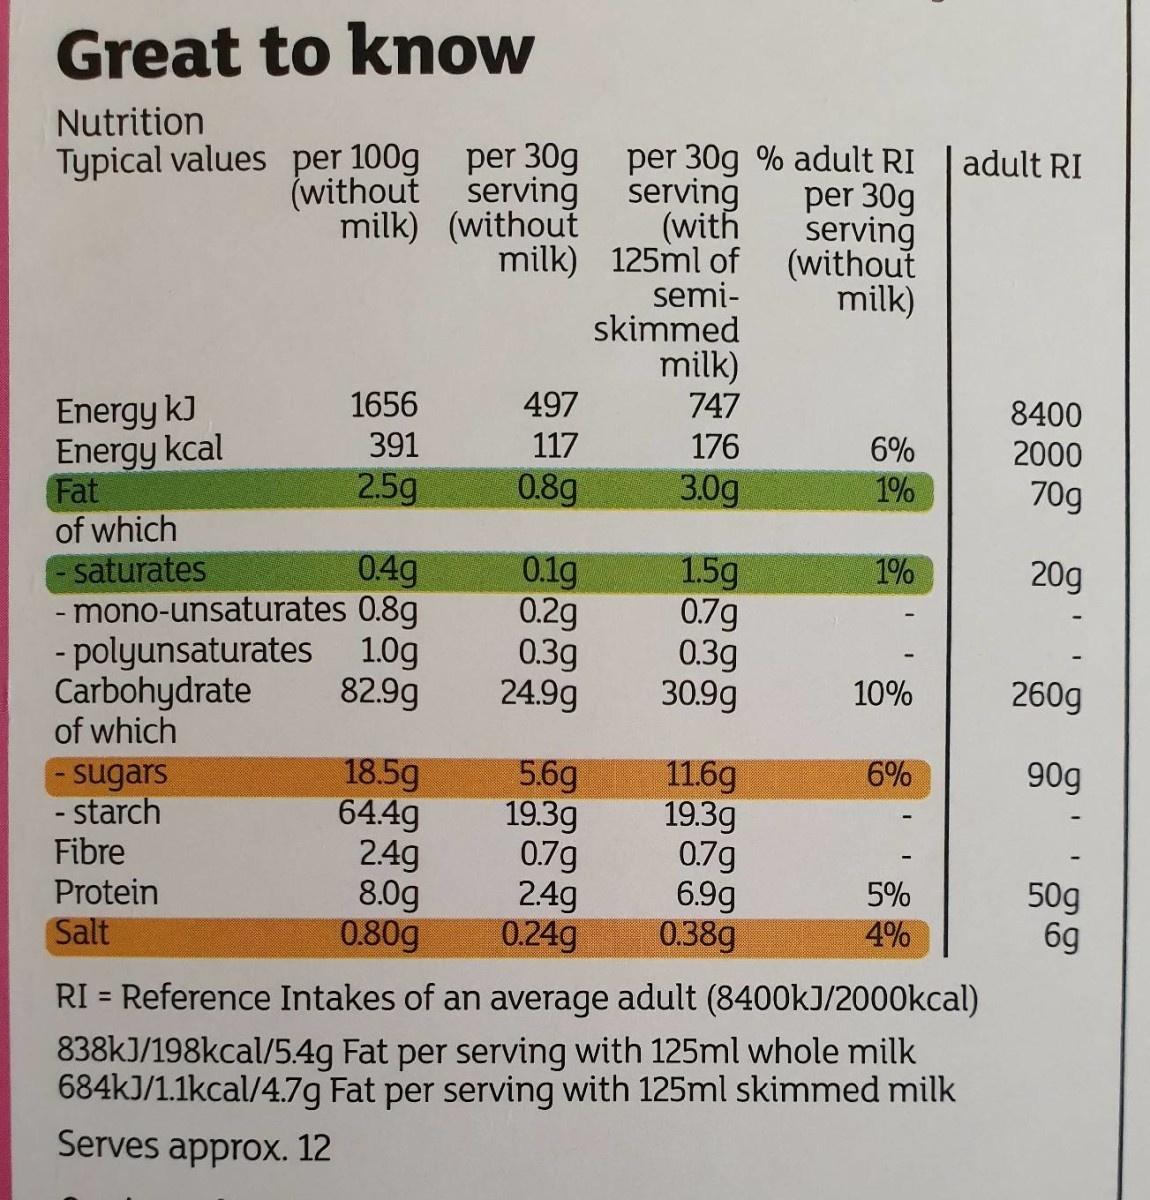
Great to know
Nutrition
per 30g % adult RI serving (with milk) 125ml of semi- skimmed milk)
Typical values per 100g per 30g (without serving milk) (without
adult RI
per 30g serving (without milk)
Energy kJ Energy kcal Fat of which saturates - mono-unsaturates 0.8g - polyunsaturates 1.0g Carbohydrate of which
1656
497
747
8400
391
117
176
6%
2000
2.5g
0.8g
3.0g
1%
70g
0.4g
0.1g 0.2g 0.3g 24.9g
1.5g 0.7g 0.3g 30.9g
1%
20g
82.9g
10%
260g
18.5g 64.4g 2.4g 8.0g 0.80g
5.6g 19.3g 0.7g 2.4g 0.24g
11.6g 19.3g 0.7g 6.9g 0.38g
6%
90g
- sugars - starch Fibre Protein Salt
5%
50g 6g
4%
RI = Reference Intakes of an average adult (8400kJ/2000kcal)
%3D
838kJ/198kcal/5.4g Fat per serving with 125ml whole milk 684kJ/1.1kcal/4.7g Fat per serving with 125ml skimmed milk
Serves approx. 12